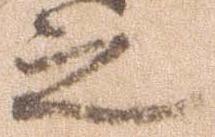
之